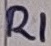
Text: R1